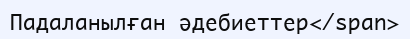
Падаланылған әдебиеттер</span>